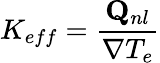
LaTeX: K_{eff}=\frac{\mathbf{Q}_{nl}}{\nabla T_{e}}